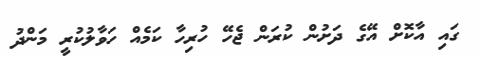
ގައި އާކޮށް އޭގެ ދަށުން ކުރަން ޖެހޭ ހުރިހާ ކަމެއް ހަވާލުކުރީ މަންދު